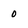
Character: o